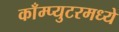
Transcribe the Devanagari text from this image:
काँम्प्युटरमध्ये